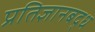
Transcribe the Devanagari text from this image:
प्रतिज्ञानबद्ध